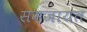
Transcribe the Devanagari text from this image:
समजायत